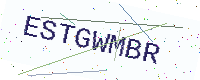
Text: ESTGWMBR